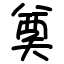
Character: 奠